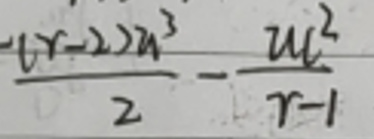
$\frac{-(r - 2)u^{3}}{2}-\frac{ul^{2}}{r - 1}$